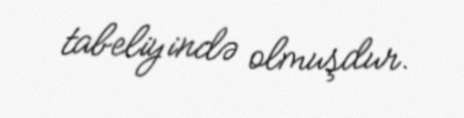
tabeliyində olmuşdur.